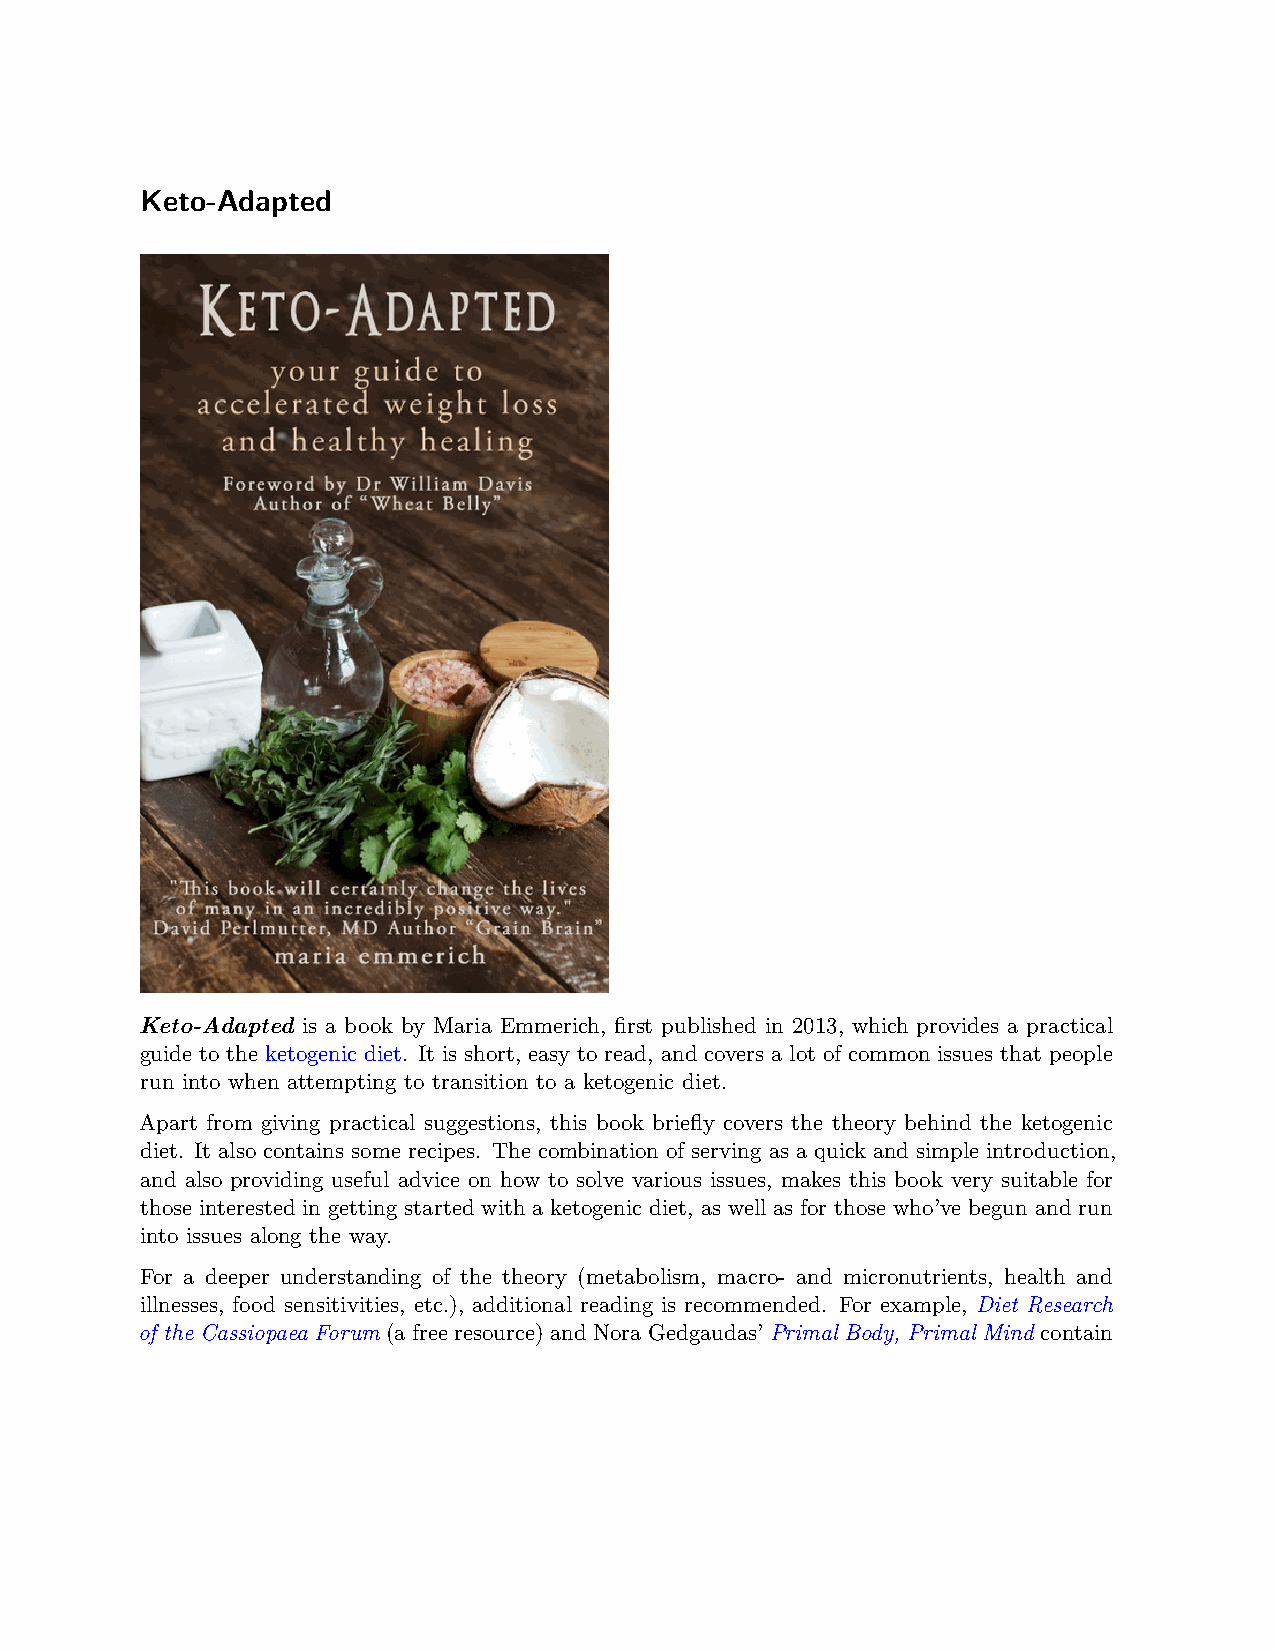
Keto-Adapted
 Keto-Adapted is a book by Maria Emmerich, first published in 2013, which provides a practical
 guide to the ketogenic diet. It is short, easy to read, and covers a lot of common issues that people
 run into when attempting to transition to a ketogenic diet.
 Apart from giving practical suggestions, this book briefly covers the theory behind the ketogenic
 diet. It also contains some recipes. The combination of serving as a quick and simple introduction,
 and also providing useful advice on how to solve various issues, makes this book very suitable for
 those interested in getting started with a ketogenic diet, as well as for those who’ve begun and run
 into issues along the way.
 For a deeper understanding of the theory (metabolism, macro- and micronutrients, health and
 illnesses, food sensitivities, etc.), additional reading is recommended. For example, Diet Research
 of the Cassiopaea Forum(afreeresource)andNoraGedgaudas’Primal Body, Primal Mindcontain